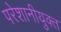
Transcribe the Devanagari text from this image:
परेशानीयुक्त